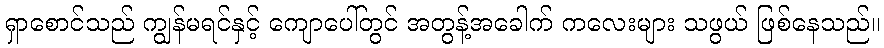
ရှာစောင်သည် ကျွန်မရင်နှင့် ကျောပေါ်တွင် အတွန့်အခေါက် ကလေးများ သဖွယ် ဖြစ်နေသည်။